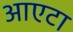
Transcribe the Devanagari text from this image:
आएटा